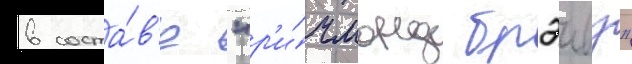
в соста́в'е "р'и́чмонд брэивз"